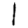
Digit: 1